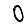
Digit: 0